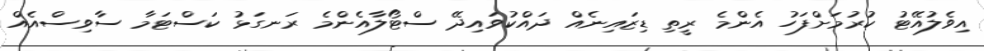
އިވެލުއޭޓު ކުރުުމަށްފަހު އެންމެ ރީތި ޑިޒައިނެއް ދައްކުވައިދޭ ސްޓޯލާއެންމެ ރަނގަޅު ކަސްޓަމާ ސާވިސްއެއް